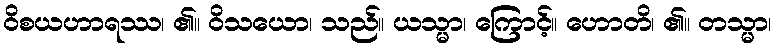
ဝိစယဟာရဿ၊ ၏။ ဝိသယော၊ သည်။ ယသ္မာ၊ ကြောင့်။ ဟောတိ၊ ၏။ တသ္မာ၊